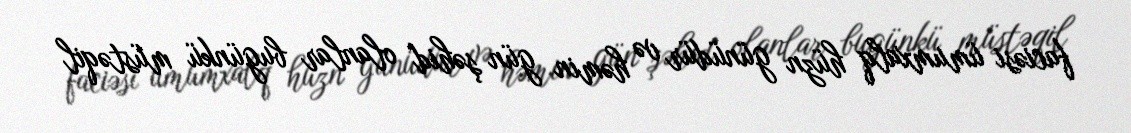
faciəsi ümumxalq hüzn günüdür və həmin gün şəhid olanlar bugünkü müstəqil